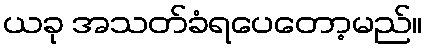
ယခု အသတ်ခံရပေတော့မည်။